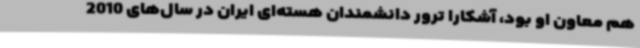
هم معاون او بود، آشکارا ترور دانشمندان هسته‌ای ایران در سال‌های 2010